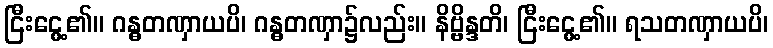
ငြီးငွေ့၏။ ဂန္ဓတဏှာယပိ၊ ဂန္ဓတဏှာ၌လည်း။ နိဗ္ဗိန္ဒတိ၊ ငြီးငွေ့၏။ ရသတဏှာယပိ၊